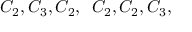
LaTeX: C _ { 2 } , C _ { 3 } , C _ { 2 } , \ \, C _ { 2 } , C _ { 2 } , C _ { 3 } ,